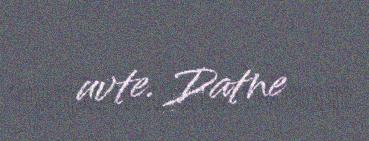
uvte. Datne